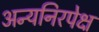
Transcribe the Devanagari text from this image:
अन्यनिरपेक्ष